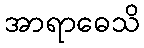
အာရာဓေသိ